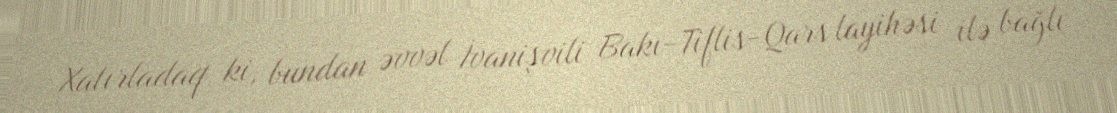
Xatırladaq ki, bundan əvvəl İvanişvili Bakı-Tiflis-Qars layihəsi ilə bağlı